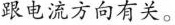
跟电流方向有关。